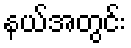
နယ်အတွင်း